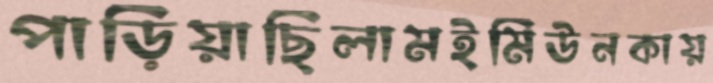
পাড়িয়াছিলামইমিউনকায়